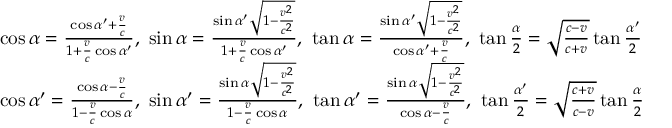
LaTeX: \begin{array} { l } { \cos \alpha = { \frac { \cos \alpha ^ { \prime } + { \frac { v } { c } } } { 1 + { \frac { v } { c } } \cos \alpha ^ { \prime } } } , \ \sin \alpha = { \frac { \sin \alpha ^ { \prime } { \sqrt { 1 - { \frac { v ^ { 2 } } { c ^ { 2 } } } } } } { 1 + { \frac { v } { c } } \cos \alpha ^ { \prime } } } , \ \tan \alpha = { \frac { \sin \alpha ^ { \prime } { \sqrt { 1 - { \frac { v ^ { 2 } } { c ^ { 2 } } } } } } { \cos \alpha ^ { \prime } + { \frac { v } { c } } } } , \ \tan { \frac { \alpha } { 2 } } = { \sqrt { \frac { c - v } { c + v } } } \tan { \frac { \alpha ^ { \prime } } { 2 } } } \\ { \cos \alpha ^ { \prime } = { \frac { \cos \alpha - { \frac { v } { c } } } { 1 - { \frac { v } { c } } \cos \alpha } } , \ \sin \alpha ^ { \prime } = { \frac { \sin \alpha { \sqrt { 1 - { \frac { v ^ { 2 } } { c ^ { 2 } } } } } } { 1 - { \frac { v } { c } } \cos \alpha } } , \ \tan \alpha ^ { \prime } = { \frac { \sin \alpha { \sqrt { 1 - { \frac { v ^ { 2 } } { c ^ { 2 } } } } } } { \cos \alpha - { \frac { v } { c } } } } , \ \tan { \frac { \alpha ^ { \prime } } { 2 } } = { \sqrt { \frac { c + v } { c - v } } } \tan { \frac { \alpha } { 2 } } } \end{array}